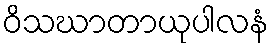
ဝိသဃာတာယုပါလနံ